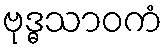
ဗုဒ္ဓသာဝကံ